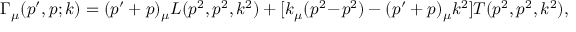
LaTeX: \Gamma _ { \mu } ( p ^ { \prime } , p ; k ) = ( p ^ { \prime } + p ) _ { \mu } L ( p ^ { 2 } , p ^ { 2 } , k ^ { 2 } ) + [ k _ { \mu } ( p ^ { 2 } \! - \! p ^ { 2 } ) - ( p ^ { \prime } + p ) _ { \mu } k ^ { 2 } ] T ( p ^ { 2 } , p ^ { 2 } , k ^ { 2 } ) ,